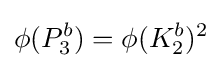
\phi (P_{3}^{b})=\phi (K_{2}^{b})^{2}